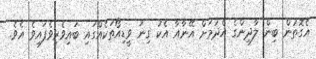
އެގޮތުން ބިން ލާދިންގެ އެދުމަށް އޭނާއާ އެކު ގިނަ ވީޑިއޯތަކެއްގައި ބައިވެރިވެފައިވެ އެވެ.